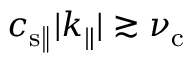
c _ { \mathrm { s \| } } | k _ { \| } | \gtrsim \nu _ { \mathrm { c } }